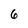
Character: 6